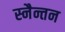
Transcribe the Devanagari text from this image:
स्नैन्तन